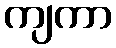
ကျကာ